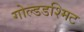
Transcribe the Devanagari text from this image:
गोल्डडश्मिट